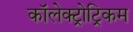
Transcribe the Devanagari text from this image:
कॉलेक्ट्रोट्रिकम